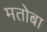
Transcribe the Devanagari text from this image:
मतोबा